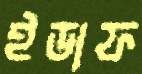
ইডাফ